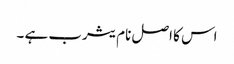
اس کا اصل نام یثرب ہے ۔